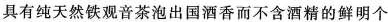
具有纯天然铁观音泡出国酒香而不含酒精的鲜明个